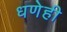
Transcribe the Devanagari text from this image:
धणेही